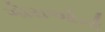
ગોરાઓનો